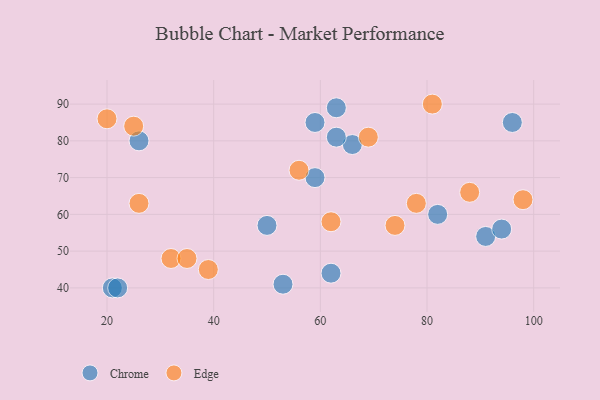
{"axis": {"x": "GDP", "y": "Life Expectancy"}, "legend": ["Chrome", "Edge"], "data": [{"x": "66", "y": 79, "type": "Chrome"}, {"x": "91", "y": 54, "type": "Chrome"}, {"x": "50", "y": 57, "type": "Chrome"}, {"x": "63", "y": 81, "type": "Chrome"}, {"x": "96", "y": 85, "type": "Chrome"}, {"x": "26", "y": 80, "type": "Chrome"}, {"x": "59", "y": 70, "type": "Chrome"}, {"x": "82", "y": 60, "type": "Chrome"}, {"x": "63", "y": 89, "type": "Chrome"}, {"x": "21", "y": 40, "type": "Chrome"}, {"x": "53", "y": 41, "type": "Chrome"}, {"x": "62", "y": 44, "type": "Chrome"}, {"x": "22", "y": 40, "type": "Chrome"}, {"x": "59", "y": 85, "type": "Chrome"}, {"x": "94", "y": 56, "type": "Chrome"}, {"x": "56", "y": 72, "type": "Edge"}, {"x": "20", "y": 86, "type": "Edge"}, {"x": "81", "y": 90, "type": "Edge"}, {"x": "78", "y": 63, "type": "Edge"}, {"x": "88", "y": 66, "type": "Edge"}, {"x": "26", "y": 63, "type": "Edge"}, {"x": "69", "y": 81, "type": "Edge"}, {"x": "32", "y": 48, "type": "Edge"}, {"x": "98", "y": 64, "type": "Edge"}, {"x": "62", "y": 58, "type": "Edge"}, {"x": "35", "y": 48, "type": "Edge"}, {"x": "74", "y": 57, "type": "Edge"}, {"x": "39", "y": 45, "type": "Edge"}, {"x": "25", "y": 84, "type": "Edge"}]}